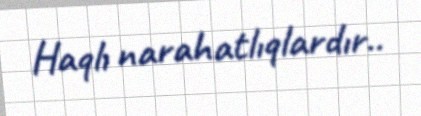
Haqlı narahatlıqlardır..